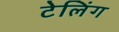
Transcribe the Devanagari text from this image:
टेलिंग